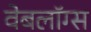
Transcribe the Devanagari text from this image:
वेबलॉग्स